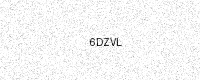
Text: 6DZVL